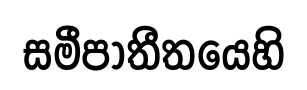
සමීපාතීතයෙහි